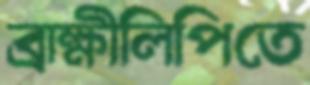
ব্রাক্ষীলিপিতে